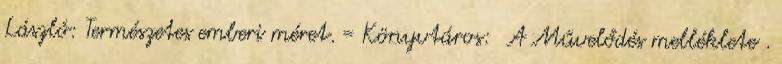
László: Természetes emberi méret. = Könyvtáros: A Művelődés melléklete .